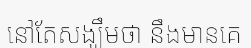
នៅតែសង្ឃឹមថា នឹងមានគេ